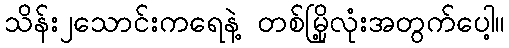
သိန်း၂သောင်းကရေနဲ့ တစ်မြို့လုံးအတွက်ပေါ့။